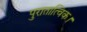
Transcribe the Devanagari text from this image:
पुरातात्विक।